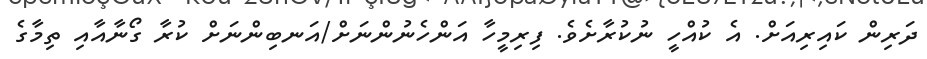
ދަރިން ކައިރިއަށް. އެ ކުއްހީ ނުކުރާށެވެ. ފިރިމީހާ އަންހެނުންނަށް/އަނބިންނަށް ކުރާ ގޯނާއާއި ތިމާގެ